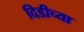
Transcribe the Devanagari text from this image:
दिडीच्या